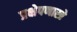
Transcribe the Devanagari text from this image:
प्रक्षेपणास्त्रे